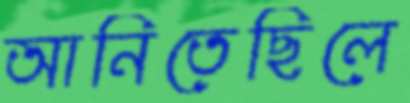
আনিতেছিলে